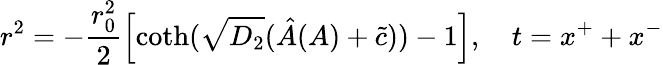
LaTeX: r^{2}=-\frac{r_{0}^{2}}{2}\left[\coth(\sqrt{D_{2}}(\hat{A}(A)+\tilde{c}))-1\right],~~~~t=x^{+}+x^{-}